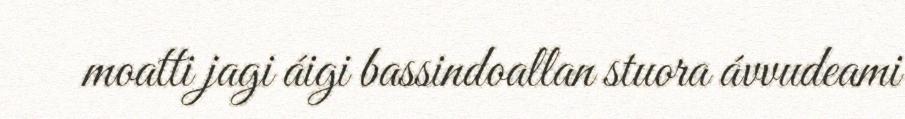
moatti jagi áigi bassindoallan stuora ávvudeami